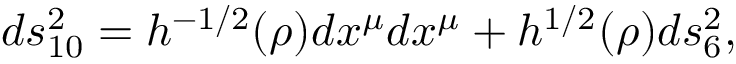
d s _ { 1 0 } ^ { 2 } = h ^ { - 1 / 2 } ( \rho ) d x ^ { \mu } d x ^ { \mu } + h ^ { 1 / 2 } ( \rho ) d s _ { 6 } ^ { 2 } ,